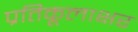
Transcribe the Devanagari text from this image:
प्रतिकूलाक्षर